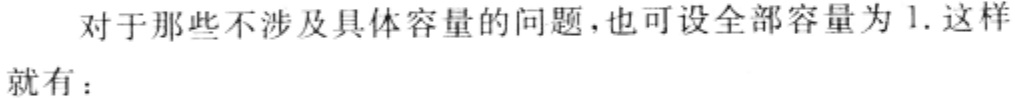
对于那些不涉及具体容量的问题，也可设全部容量为 1. 这样就有：